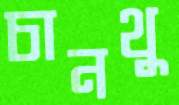
চানথু